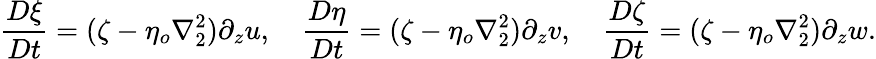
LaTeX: \frac{D\xi}{Dt}=(\zeta-\eta_{o}\nabla_{2}^{2})\partial_{z}u,\quad\frac{D\eta}{Dt}=(\zeta-\eta_{o}\nabla_{2}^{2})\partial_{z}v,\quad\frac{D\zeta}{Dt}=(\zeta-\eta_{o}\nabla_{2}^{2})\partial_{z}w.